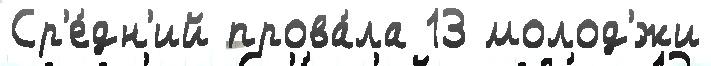
Ср'е́дн'ий прова́ла 13 молод'́жи